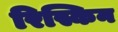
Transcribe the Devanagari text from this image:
रिस्किन